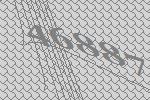
46887